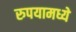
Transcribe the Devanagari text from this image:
रुपयामध्ये